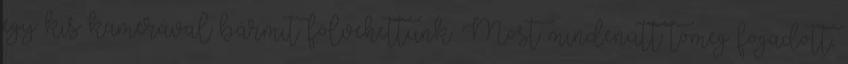
egy kis kamerával bármit fölvehettünk. Most mindenütt tömeg fogadott,